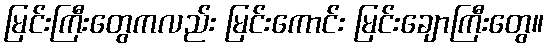
မြင်းကြီးတွေကလည်း မြင်းကောင်း မြင်းချောကြီးတွေ။